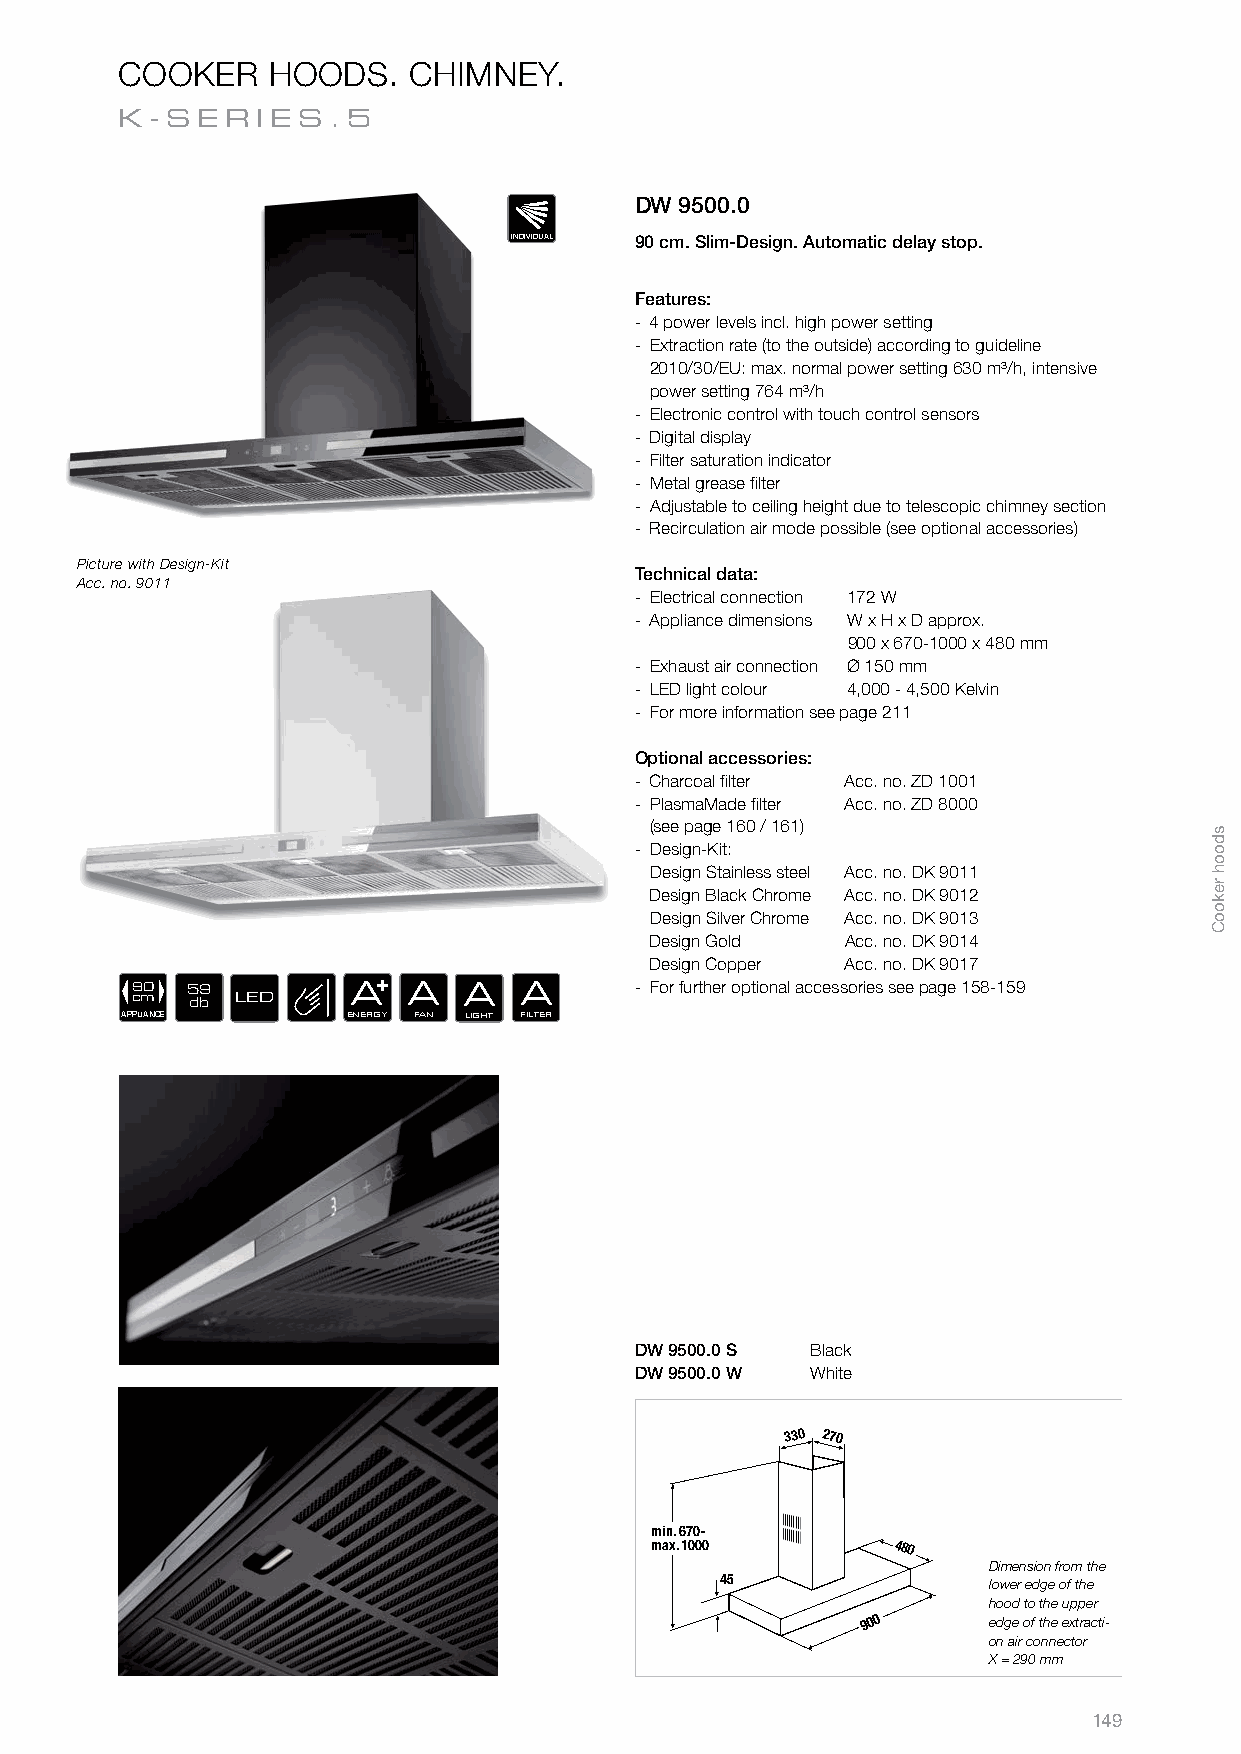
COOKER    HOODS.   CHIMNEY.
 K-SER    IES.5
 DW 9500.0
 INDIVIDUAL 90 cm. Slim-Design. Automatic delay stop.
 Features:
 - 4 power levels incl. high power setting
 - Extraction rate (to the outside) according to guideline
 2010/30/EU: max. normal power setting 630 m³/h, intensive
 power setting 764 m³/h
 - Electronic control with touch control sensors
 - Digital display
 - Filter saturation indicator
 - Metal grease fi lter
 - Adjustable to ceiling height due to telescopic chimney section
 - Recirculation air mode possible (see optional accessories)
 Picture with Design-Kit
 Technical data:
 Acc. no. 9011
 - Electrical connection 172 W
 - Appliance dimensions W x H x D approx.
 900 x 670-1000 x 480 mm
 - Exhaust air connection Ø 150 mm
 - LED light colour 4,000 - 4,500 Kelvin
 - For more information see page 211
 Optional accessories:
 - Charcoal fi lter Acc. no. ZD 1001
 - PlasmaMade fi lter Acc. no. ZD 8000
 (see page 160 / 161)
 - Design-Kit:
 Design Stainless steel Acc. no. DK 9011
 Design Black Chrome Acc. no. DK 9012
 Design Silver Chrome Acc. no. DK 9013
 Design Gold  Acc. no. DK 9014
 Design Copper Acc. no. DK 9017
 90 59         A   A   A  A       - For further optional accessories see page 158-159
 cm  db LED
 APPLIANCE      ENERGY FAN LIGHT FILTER
 DW 9500.0 S Black
 DW 9500.0 W White
 330 270
 min. 670-
 max. 1000       480
 Dimension from the
 45
 lower edge of the
 hood to the upper
 900     edge of the extracti-
 on air connector
 X = 290 mm
 149
 sdooh
 rekooC